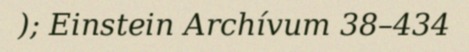
); Einstein Archívum 38–434